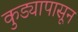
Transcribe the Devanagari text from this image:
कुड्यापासून